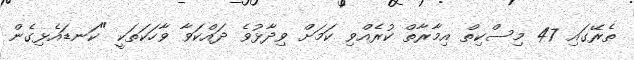
ތެރޭގައި 47 މިސްކިތް އިމާރާތް ކުރެއްވި ކަމަށް ވިދާޅުވެ ދައްކަވާ ވާހަކަތަކީ "ކަނޑައެޅިގެން